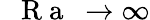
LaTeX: \mathrm{~\textit~{~R~a~}~}\to\infty